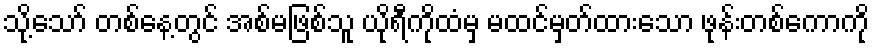
သို့သော် တစ်နေ့တွင် အစ်မဖြစ်သူ ယိုရီကိုထံမှ မထင်မှတ်ထားသော ဖုန်းတစ်ကောကို